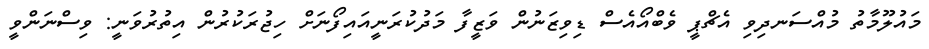
މައުލޫމާތު މުއްސަނދިވި އެޗްޕީ ވެބްއޯއެސް ޑިވިޒަނުން ވަޒީފާ މަދުކުރަނީއައިފޯނަށް ހިޖުރަކުރުން އިތުރުވަނީ: ވިސްނަންވީ